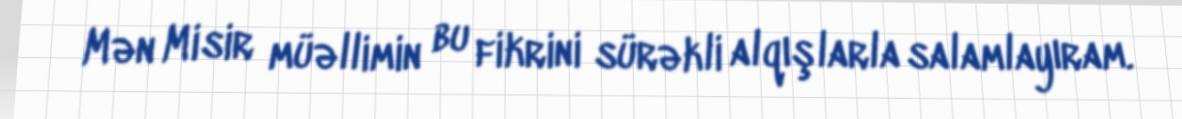
Mən Misir müəllimin bu fikrini sürəkli alqışlarla salamlayıram.